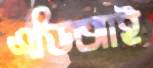
এডিআই